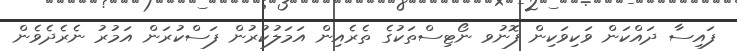
ފައިސާ ދައްކަން ވަކިވަކިން ފޮނުވ ނޯޓިސްތަކުގެ ތެރެއިން އަމަލުކުރުން ފަސްކުރަން އަމުރު ނެރެދެވެން